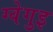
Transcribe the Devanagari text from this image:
ग्वेगुइ